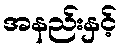
အနည်းနှင့်